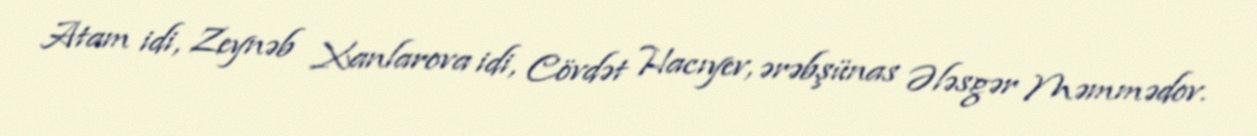
Atam idi, Zeynəb Xanlarova idi, Cövdət Hacıyev, ərəbşünas Ələsgər Məmmədov.